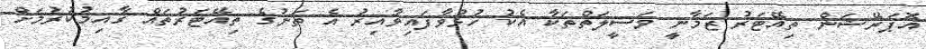
އޮޕަރޭޝަން ތިއޭޓަރު ޒަމާނީ ވަސީލަތްތަކާ އެކު ހުޅުވާފައިވާއިރު އެ ތަނުގެ ތިއޭޓަރުތައް ގާއިމުކުރުމަށް